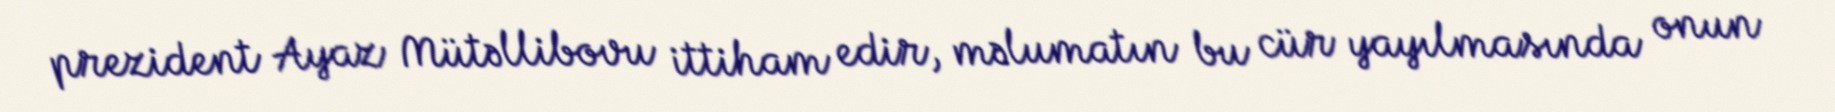
prezident Ayaz Mütəllibovu ittiham edir, məlumatın bu cür yayılmasında onun